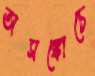
অসঙ্কোচে